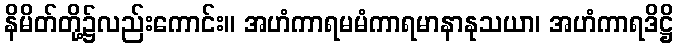
နိမိတ်တို့၌လည်းကောင်း။ အဟံကာရမမံကာရမာနာနုသယာ၊ အဟံကာရဒိဋ္ဌိ